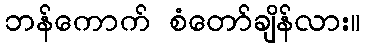
ဘန်ကောက် စံတော်ချိန်လား။